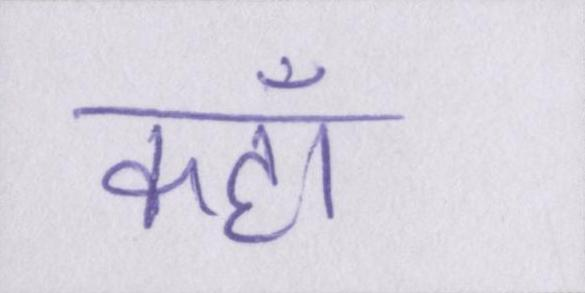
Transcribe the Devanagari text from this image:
कहॉं